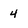
Character: 4